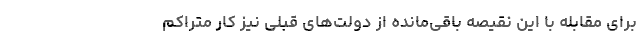
برای مقابله با این نقیصه باقی‌مانده از دولت‌های قبلی نیز کار متراکم